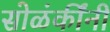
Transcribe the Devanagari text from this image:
सोळंकींनी